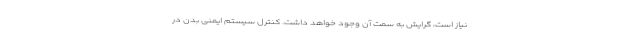
نیاز است، گرایش به سمت آن وجود خواهد داشت. کنترل سیستم ایمنی بدن در